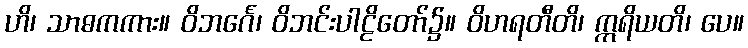
ဟိ၊ သာဓကကား။ ဝိဘင်္ဂေ၊ ဝိဘင်းပါဠိတော်၌။ ဝိဟရတီတိ၊ ဣရိယတိ၊ ပေ။